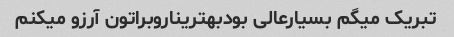
تبریک میگم بسیارعالی بودبهتریناروبراتون آرزو میکنم